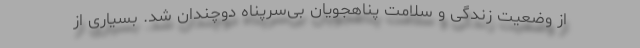
از وضعیت زندگی و سلامت پناهجویان بی‌سرپناه دوچندان شد. بسیاری از